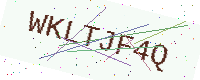
Text: WKLTJF4Q